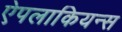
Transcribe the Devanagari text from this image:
ऐपलाकियन्स